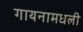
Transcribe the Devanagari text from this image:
गायनामधली